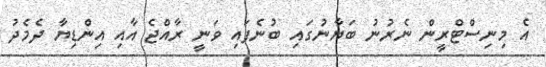
އެ މިނިސްޓްރީން ނެރުނު ބަޔާނުގައި ބުނެފައި ވަނީ ރާއްޖެ އާއި އިންޑިޔާ ދެމެދު